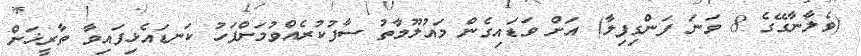
(ވެލާނާގޭގެ 8 ވަނަ ފަންގިފިލާ) އަށް ވަޑައިގެން މައުލޫމާތު ސާފުކުރެއްވުމަށްފަހު ކަނޑައެޅިފައިވާ ތާރީޚަށް